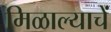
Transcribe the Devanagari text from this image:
मिळाल्याचें